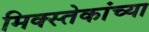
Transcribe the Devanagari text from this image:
मिक्स्तेकांच्या